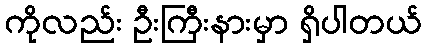
ကိုလည်း ဦးကြီးနားမှာ ရှိပါတယ်